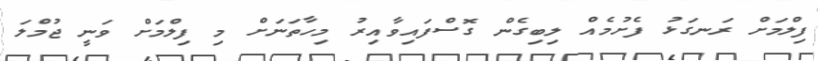
ފިލްމަށް ރަނގަޅު ފެށުމެއް ލިބިގެން ގޮސްފައިވާއިރު މިހާތަނަށް މި ފިލްމަށް ވަނީ ޖުމްލަ